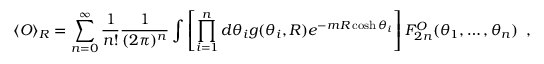
\langle { \cal O } \rangle _ { R } = \sum _ { n = 0 } ^ { \infty } \frac { 1 } { n ! } \frac { 1 } { ( 2 \pi ) ^ { n } } \int \left[ \prod _ { i = 1 } ^ { n } d \theta _ { i } g ( \theta _ { i } , R ) e ^ { - m R \cosh \theta _ { i } } \right] { \cal F } _ { 2 n } ^ { \cal O } ( \theta _ { 1 } , \ldots , \theta _ { n } ) \, \, \, ,